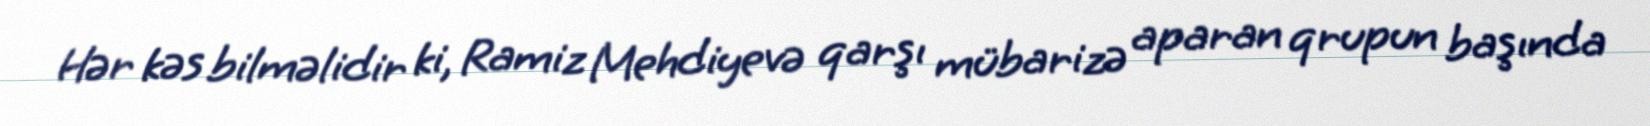
Hər kəs bilməlidir ki, Ramiz Mehdiyevə qarşı mübarizə aparan qrupun başında